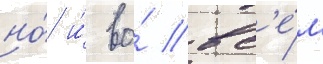
но́ и́ во́ вс'е́м